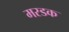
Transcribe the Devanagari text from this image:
मरडक